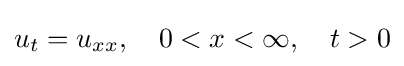
u_{t}=u_{xx},\quad 0<x<\infty ,\quad t>0